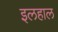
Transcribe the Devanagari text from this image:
इलहाल